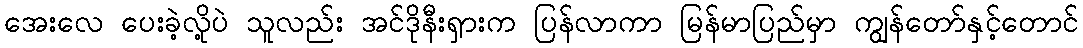
အေးလေ ပေးခဲ့လို့ပဲ သူလည်း အင်ဒိုနီးရှားက ပြန်လာကာ မြန်မာပြည်မှာ ကျွန်တော်နှင့်တောင်